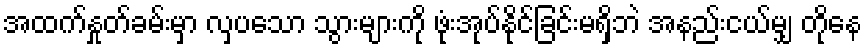
အထက်နှုတ်ခမ်းမှာ လှပသော သွားများကို ဖုံးအုပ်နိုင်ခြင်းမရှိဘဲ အနည်းငယ်မျှ တိုနေ